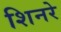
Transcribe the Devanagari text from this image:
शिनरे